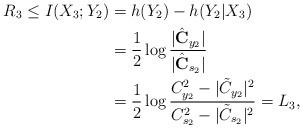
LaTeX: \begin{align*}R_3\leq {I({X_3;Y_2})}&=h(Y_2)-h(Y_2|X_3)\\&=\frac{1}{2}\log\frac{|{\hat{\bf{C}}}_{y_2}|}{|{\hat{\bf{C}}}_{s_2}|}\\&=\frac{1}{2}\log\frac{{C^{2}_{y_2}}-{|\tilde{C}_{y_2}|^{2}}}{{C^{2}_{s_2}}-{|\tilde{C}_{s_2}|^{2}}}=L_3,\end{align*}